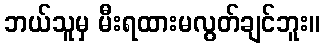
ဘယ်သူမှ မီးရထားမလွတ်ချင်ဘူး။